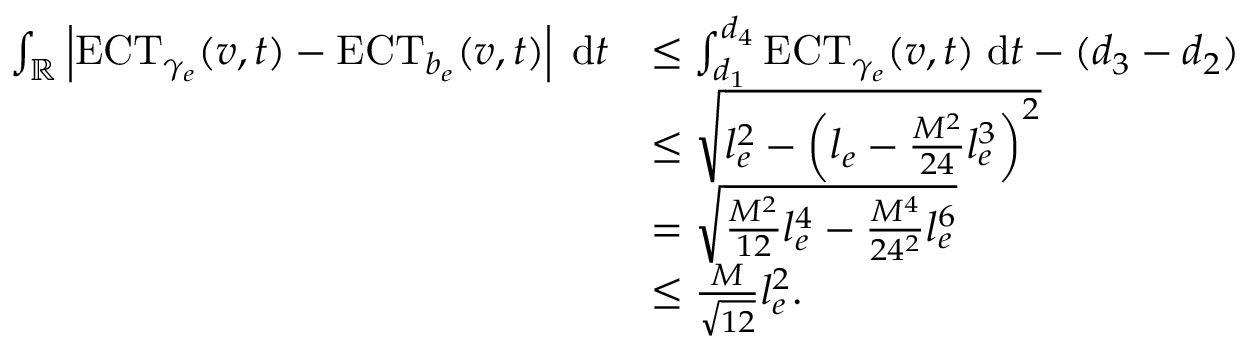
\begin{array} { r l } { \int _ { \mathbb { R } } \left| \mathrm { E C T } _ { \gamma _ { e } } ( v , t ) - \mathrm { E C T } _ { b _ { e } } ( v , t ) \right| \; \mathrm { d } t } & { \leq \int _ { d _ { 1 } } ^ { d _ { 4 } } \mathrm { E C T } _ { \gamma _ { e } } ( v , t ) \; \mathrm { d } t - ( d _ { 3 } - d _ { 2 } ) } \\ & { \leq \sqrt { l _ { e } ^ { 2 } - \left( l _ { e } - \frac { M ^ { 2 } } { 2 4 } l _ { e } ^ { 3 } \right) ^ { 2 } } } \\ & { = \sqrt { \frac { M ^ { 2 } } { 1 2 } l _ { e } ^ { 4 } - \frac { M ^ { 4 } } { 2 4 ^ { 2 } } l _ { e } ^ { 6 } } } \\ & { \leq \frac { M } { \sqrt { 1 2 } } l _ { e } ^ { 2 } . } \end{array}